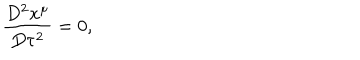
LaTeX: \frac { D ^ { 2 } x ^ { \mu } } { D \tau ^ { 2 } } = 0 ,